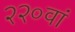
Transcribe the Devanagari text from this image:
२२०वां